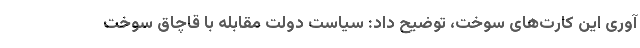
آوری این کارت‌های سوخت، توضیح داد: سیاست دولت مقابله با قاچاق سوخت